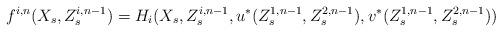
LaTeX: \begin{align*}f^{i,n}(X_s,Z^{i,n-1}_s) = H_i(X_{s}, Z^{i,n-1}_s,u^*(Z^{1,n-1}_s,Z^{2,n-1}_s),v^*(Z^{1,n-1}_s,Z^{2,n-1}_s))\end{align*}